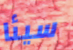
سيئا